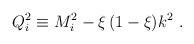
LaTeX: \begin{align*}Q_{i}^2 \equiv M_{i}^2-\xi\,(1-\xi)k^2 \,\,.\end{align*}